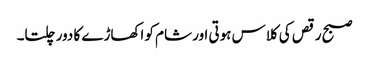
صبح رقص کی کلاس ہوتی اور شام کو اکھاڑے کا دور چلتا۔